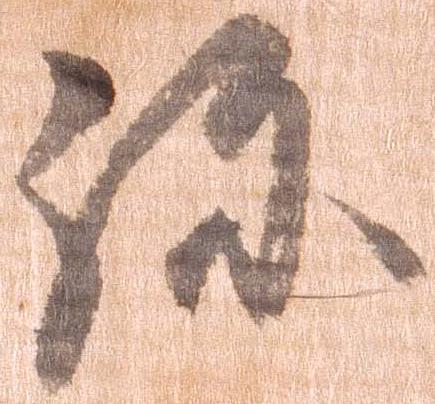
弥